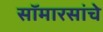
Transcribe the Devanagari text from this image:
सॉमारसांचे